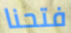
فتحنا